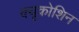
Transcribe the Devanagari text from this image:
क्यूकोशिन